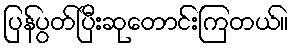
ပြန်ပွတ်ပြီးဆုတောင်းကြတယ်။